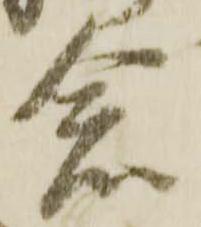
念